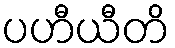
ပဟီယီတိ